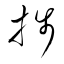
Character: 捗